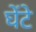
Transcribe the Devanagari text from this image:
घेंटे